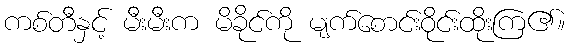
ကစ်တီနှင့် မီးမီးက မိခိုင်ကို မျက်စောင်းဝိုင်းထိုးကြ၏။